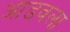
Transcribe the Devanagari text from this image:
आडवला